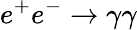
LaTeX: e^{+}e^{-}\to\gamma\gamma